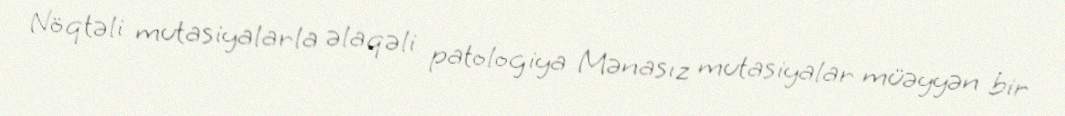
Nöqtəli mutasiyalarla əlaqəli patologiya Mənasız mutasiyalar müəyyən bir